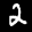
Digit: 2